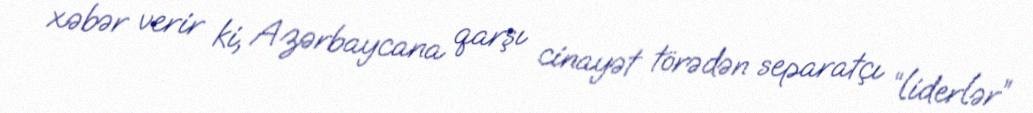
xəbər verir ki, Azərbaycana qarşı cinayət törədən separatçı “liderlər”